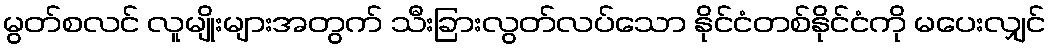
မွတ်စလင် လူမျိုးများအတွက် သီးခြားလွတ်လပ်သော နိုင်ငံတစ်နိုင်ငံကို မပေးလျှင်